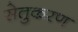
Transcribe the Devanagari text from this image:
सेतुकरण